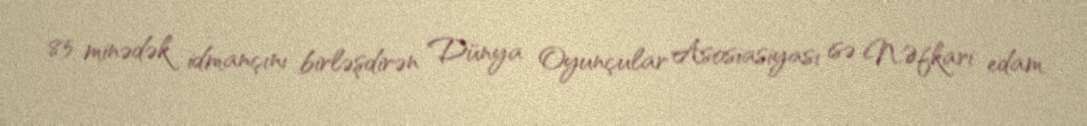
85 minədək idmançını birləşdirən Dünya Oyunçular Asosiasiyası isə N.Əfkari edam